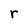
Character: r